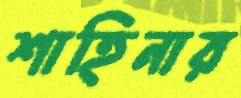
শাহিনার